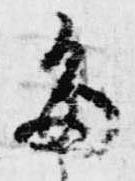
多